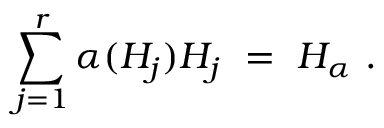
\sum _ { j = 1 } ^ { r } \alpha ( H _ { j } ) H _ { j } ~ = ~ H _ { \alpha } ~ .